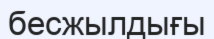
бесжылдығы